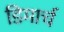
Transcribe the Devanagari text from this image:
डिमार्च